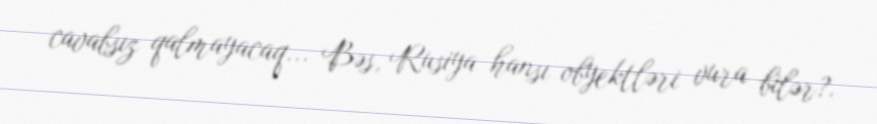
cavabsız qalmayacaq... Bəs, Rusiya hansı obyektləri vura bilər?.